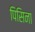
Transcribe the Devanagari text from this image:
पिसिना